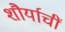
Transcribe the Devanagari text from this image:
शौर्याचीं